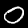
Label: 0